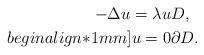
LaTeX: \begin{align*}-\Delta u=\lambda u & D,\\begin{align*}1mm] u = 0 & \partial D.\end{align*}